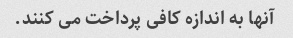
آنها به اندازه کافی پرداخت می کنند.